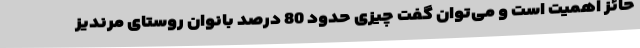
حائز اهمیت است و می‌توان گفت چیزی حدود 80 درصد بانوان روستای مرندیز